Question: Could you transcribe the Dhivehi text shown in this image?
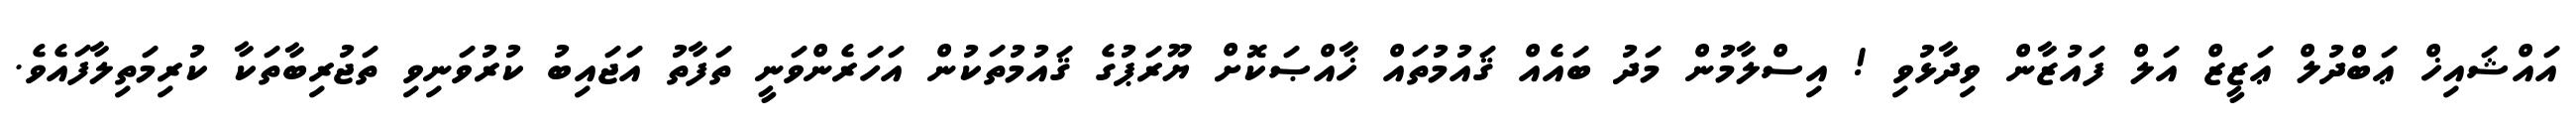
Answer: އައްޝައިޚް ޢަބްދުލް ޢަޒީޒް އަލް ފައުޒާން ވިދާޅުވި ! އިސްލާމުން މަދު ބައެއް ޤައުމުތައް ޚާއްޞަކޮށް ޔޫރަޕުގެ ޤައުމުތަކުން އަހަރެންވަނީ ތަފާތު އަޖައިބު ކުރުވަނިވި ތަޖުރިބާތަކާ ކުރިމަތިލާފައެވެ.